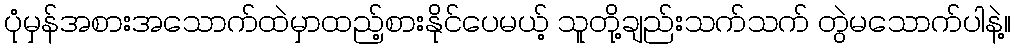
ပုံမှန်အစားအသောက်ထဲမှာထည့်စားနိုင်ပေမယ့် သူတို့ချည်းသက်သက် တွဲမသောက်ပါနဲ့။